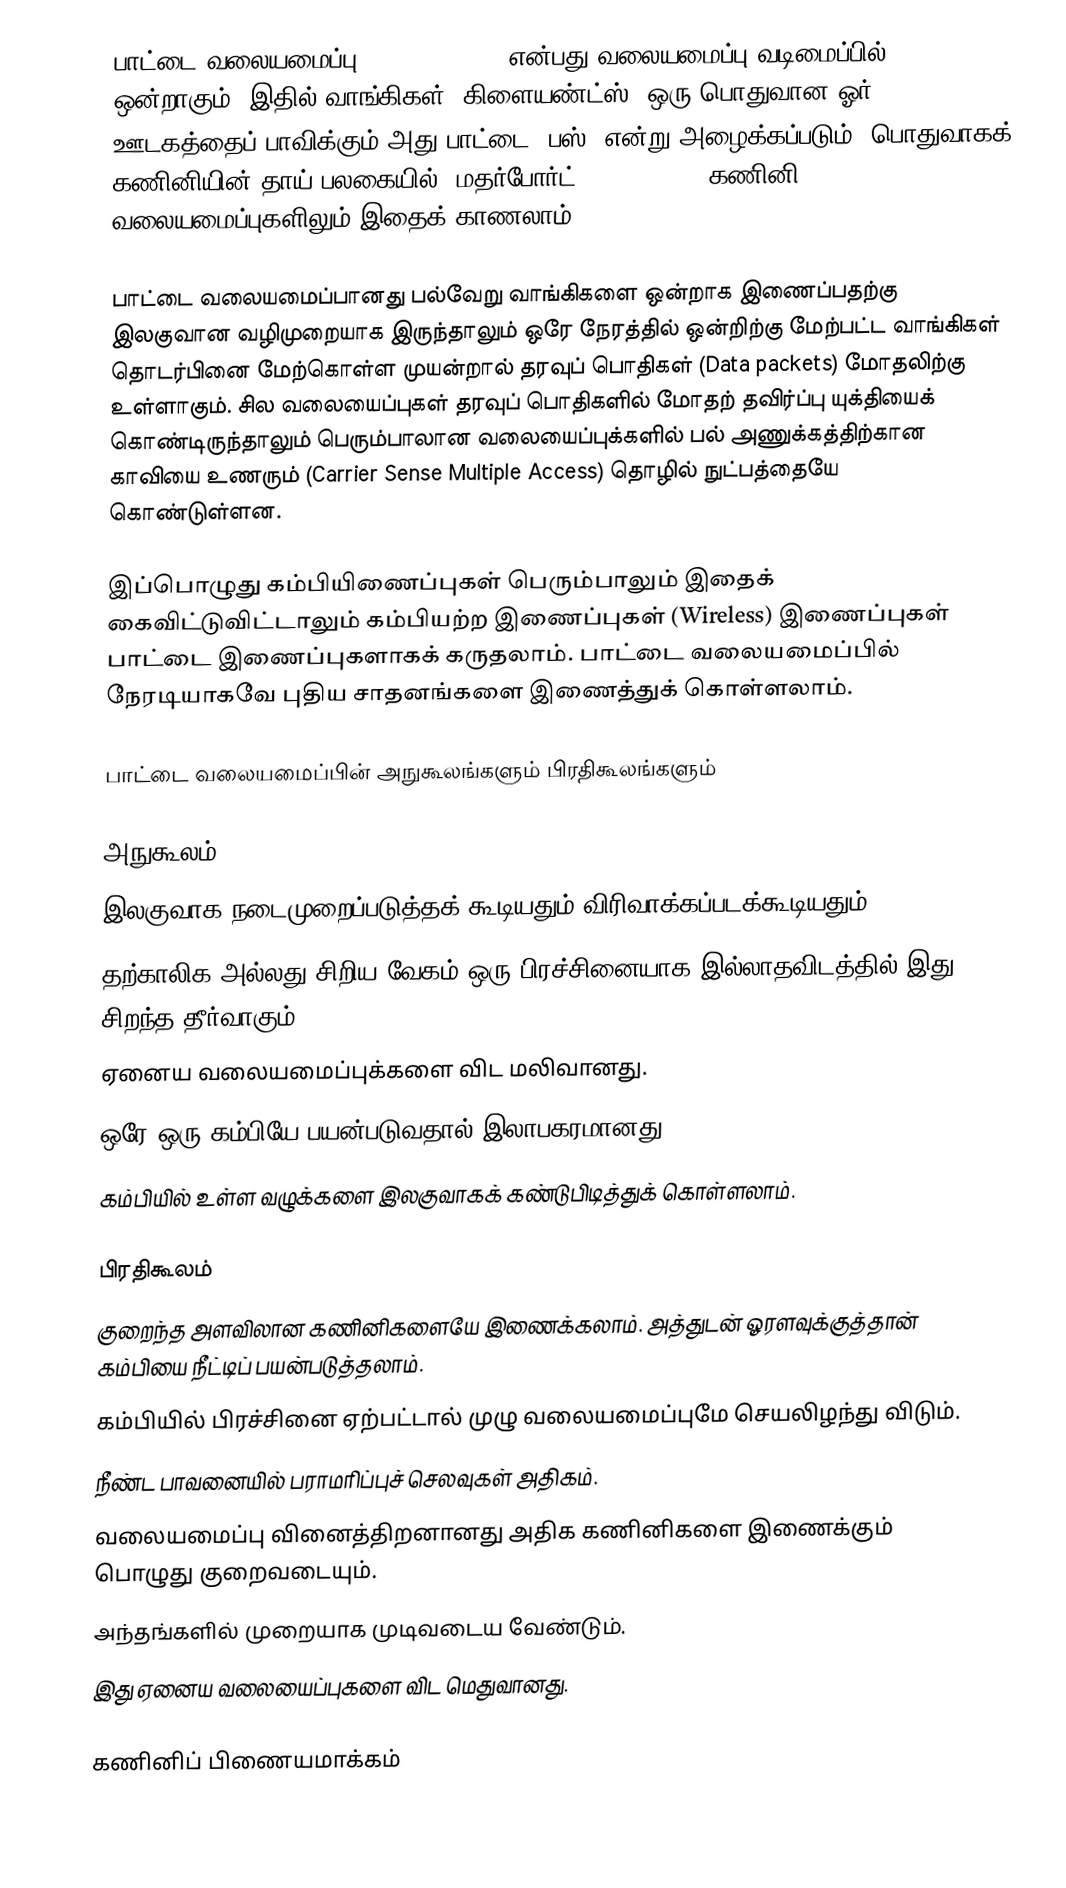
பாட்டை வலையமைப்பு (Bus Topology) என்பது வலையமைப்பு வடிமைப்பில் ஒன்றாகும். இதில் வாங்கிகள் (கிளையண்ட்ஸ்) ஒரு பொதுவான ஓர் ஊடகத்தைப் பாவிக்கும் அது பாட்டை (பஸ்) என்று அழைக்கப்படும். பொதுவாகக் கணினியின் தாய் பலகையில் (மதர்போர்ட் Motherboard) கணினி வலையமைப்புகளிலும் இதைக் காணலாம்.

பாட்டை வலையமைப்பானது பல்வேறு வாங்கிகளை ஒன்றாக இணைப்பதற்கு இலகுவான வழிமுறையாக இருந்தாலும் ஒரே நேரத்தில் ஒன்றிற்கு மேற்பட்ட வாங்கிகள் தொடர்பினை மேற்கொள்ள முயன்றால் தரவுப் பொதிகள் (Data packets) மோதலிற்கு உள்ளாகும். சில வலையைப்புகள் தரவுப் பொதிகளில் மோதற் தவிர்ப்பு யுக்தியைக் கொண்டிருந்தாலும் பெரும்பாலான வலையைப்புக்களில் பல் அணுக்கத்திற்கான காவியை உணரும் (Carrier Sense Multiple Access) தொழில் நுட்பத்தையே கொண்டுள்ளன.

இப்பொழுது கம்பியிணைப்புகள் பெரும்பாலும் இதைக் கைவிட்டுவிட்டாலும் கம்பியற்ற இணைப்புகள் (Wireless) இணைப்புகள் பாட்டை இணைப்புகளாகக் கருதலாம். பாட்டை வலையமைப்பில் நேரடியாகவே புதிய சாதனங்களை இணைத்துக் கொள்ளலாம்.

பாட்டை வலையமைப்பின் அநுகூலங்களும் பிரதிகூலங்களும்

அநுகூலம்
 இலகுவாக நடைமுறைப்படுத்தக் கூடியதும் விரிவாக்கப்படக்கூடியதும்.
 தற்காலிக அல்லது சிறிய வேகம் ஒரு பிரச்சினையாக இல்லாதவிடத்தில் இது சிறந்த தீர்வாகும்.
 ஏனைய வலையமைப்புக்களை விட மலிவானது.
 ஒரே ஒரு கம்பியே பயன்படுவதால் இலாபகரமானது.
 கம்பியில் உள்ள வழுக்களை இலகுவாகக் கண்டுபிடித்துக் கொள்ளலாம்.

பிரதிகூலம்
 குறைந்த அளவிலான கணினிகளையே இணைக்கலாம். அத்துடன் ஓரளவுக்குத்தான் கம்பியை நீட்டிப் பயன்படுத்தலாம்.
 கம்பியில் பிரச்சினை ஏற்பட்டால் முழு வலையமைப்புமே செயலிழந்து விடும்.
 நீண்ட பாவனையில் பராமரிப்புச் செலவுகள் அதிகம்.
 வலையமைப்பு வினைத்திறனானது அதிக கணினிகளை இணைக்கும் பொழுது குறைவடையும்.
 அந்தங்களில் முறையாக முடிவடைய வேண்டும்.
 இது ஏனைய வலையைப்புகளை விட மெதுவானது.

கணினிப் பிணையமாக்கம்